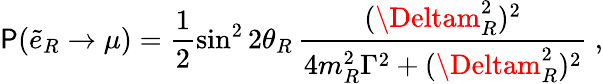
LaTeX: \mathsf{P}(\tilde{{e}}_{R}\to\mu)=\frac{{1}}{{2}}\sin^{2}2\theta_{R}\, \frac{{(\Deltam_{R}^{2})^{2}}}{{4m_{R}^{2}\Gamma^{2}+(\Deltam_{R}^{2})^{2}}}\ ,